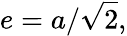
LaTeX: e=a/{\sqrt{2}},